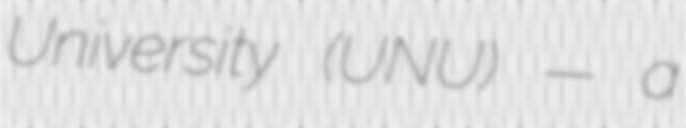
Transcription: University (UNU) — a